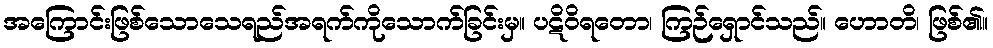
အကြောင်းဖြစ်သောသေရည်အရက်ကိုသောက်ခြင်းမှ။ ပဋိဝိရတော၊ ကြဉ်ရှောင်သည်။ ဟောတိ၊ ဖြစ်၏။